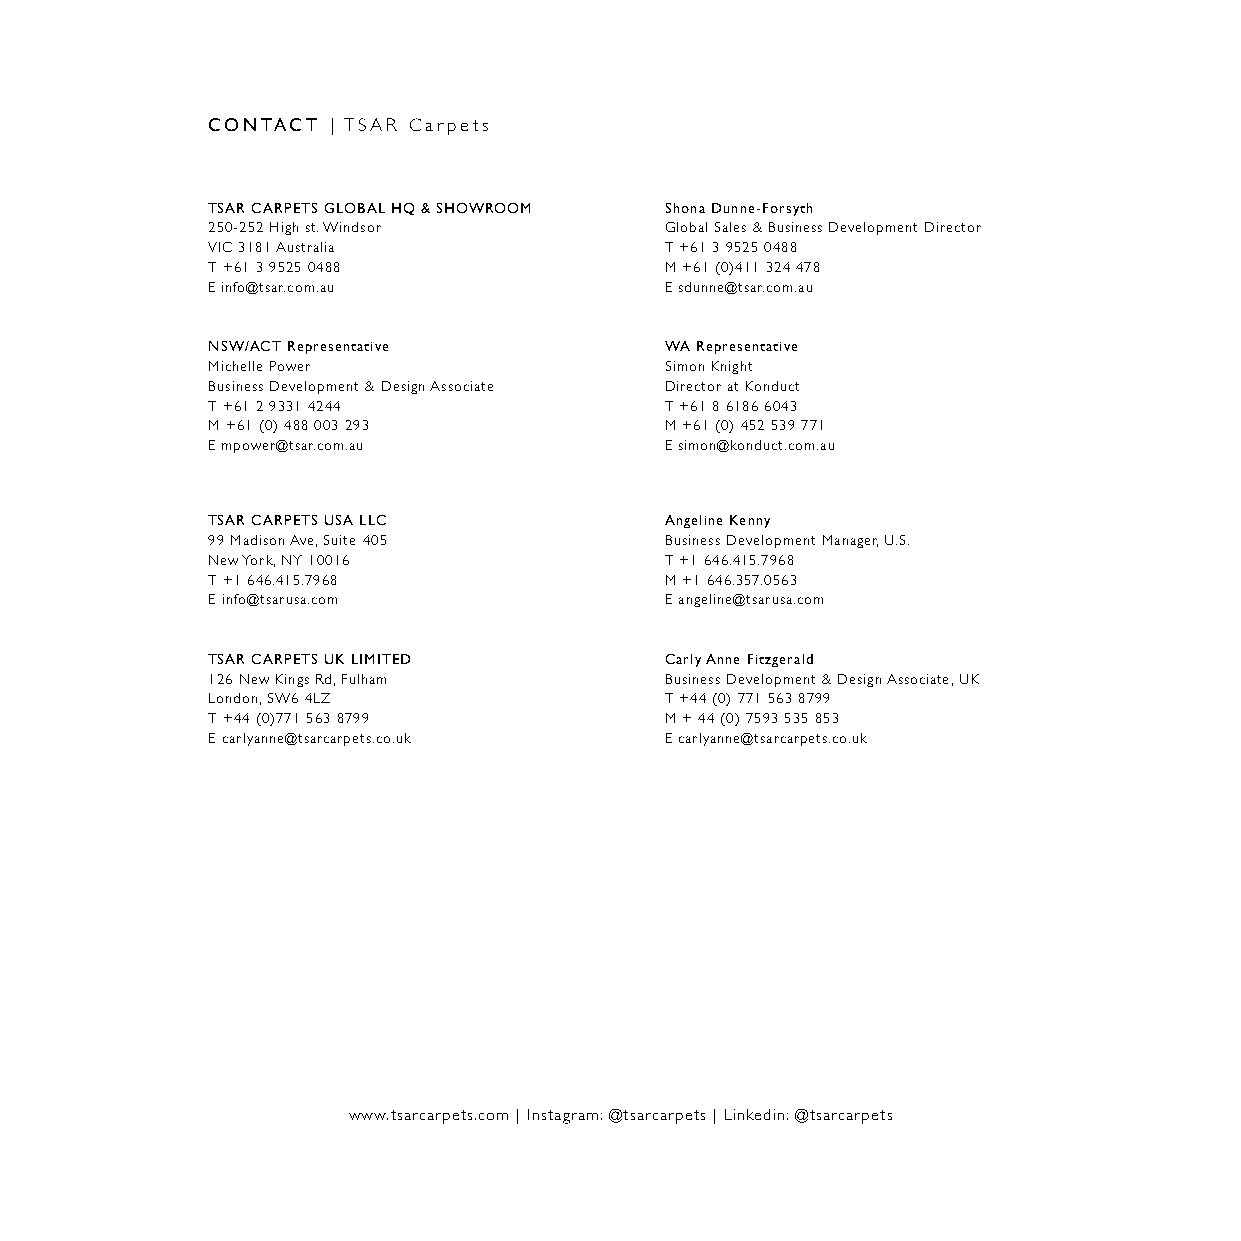
CONTACT | TSAR Carpets
 TSAR CARPETS GLOBAL HQ & SHOWROOM Shona Dunne-Forsyth
 250-252 High st. Windsor      Global Sales & Business Development Director
 VIC 3181 Australia            T +61 3 9525 0488
 T +61 3 9525 0488             M +61 (0)411 324 478
 E info@tsar.com.au            E sdunne@tsar.com.au
 NSW/ACT Representative        WA Representative
 Michelle Power                Simon Knight
 Business Development & Design Associate Director at Konduct
 T +61 2 9331 4244             T +61 8 6186 6043
 M +61 (0) 488 003 293         M +61 (0) 452 539 771
 E mpower@tsar.com.au          E simon@konduct.com.au
 TSAR CARPETS USA LLC          Angeline Kenny
 99 Madison Ave, Suite 405     Business Development Manager, U.S.
 New York, NY 10016            T +1 646.415.7968
 T +1 646.415.7968             M +1 646.357.0563
 E info@tsarusa.com            E angeline@tsarusa.com
 TSAR CARPETS UK LIMITED       Carly Anne Fitzgerald
 126 New Kings Rd, Fulham      Business Development & Design Associate, UK
 London, SW6 4LZ               T +44 (0) 771 563 8799
 T +44 (0)771 563 8799         M + 44 (0) 7593 535 853
 E carlyanne@tsarcarpets.co.uk E carlyanne@tsarcarpets.co.uk
 www.tsarcarpets.com | Instagram: @tsarcarpets | Linkedin: @tsarcarpets